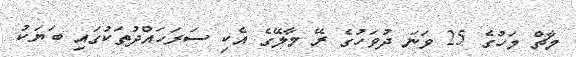
މާޗް މަހުގެ 25 ވަނަ ދުވަހުގެ ރޭ މާލޭގެ އެކި ސަރަހައްދުތަކުގައި ބަޔަކު